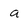
Character: a